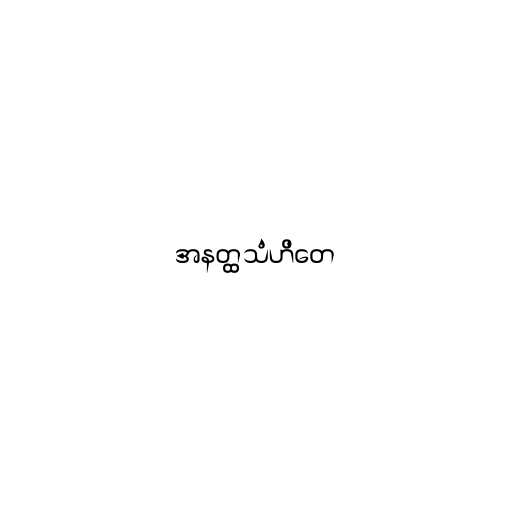
အနတ္ထသံဟိတေ